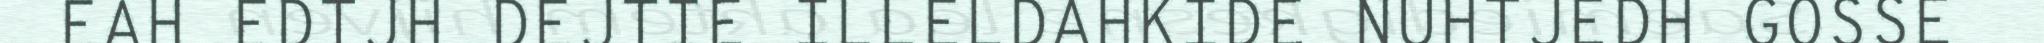
EAH EDTJH DEJTIE ILLELDAHKIDE NUHTJEDH GOSSE